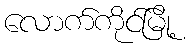
လောက်ကိုင်မြို့